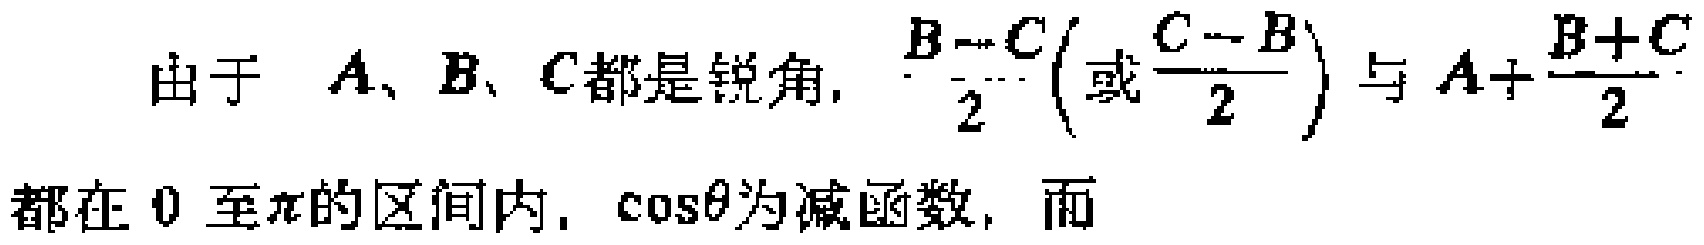
由于 \(A、B、C\)都是锐角, \(\frac{B - C}{2}\left(或\frac{C - B}{2}\right)\) 与 \(A+\frac{B + C}{2}\) 都在 \(0\) 至\(\pi\)的区间内, \(\cos\theta\)为减函数, 而